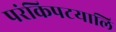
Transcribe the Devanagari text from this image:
परंकिपटयालि